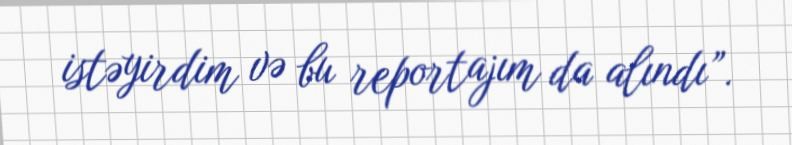
istəyirdim və bu reportajım da alındı”.